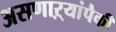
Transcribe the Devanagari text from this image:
असणाऱ्यांपैकी